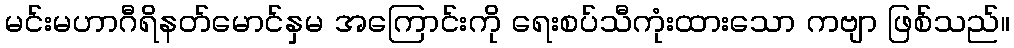
မင်းမဟာဂီရိနတ်မောင်နှမ အကြောင်းကို ရေးစပ်သီကုံးထားသော ကဗျာ ဖြစ်သည်။